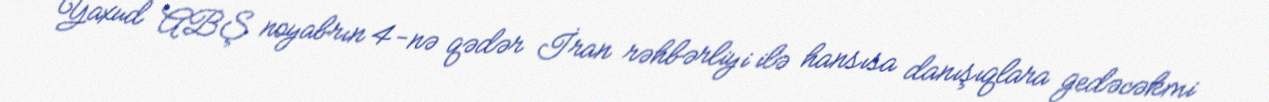
Yaxud ABŞ noyabrın 4-nə qədər İran rəhbərliyi ilə hansısa danışıqlara gedəcəkmi